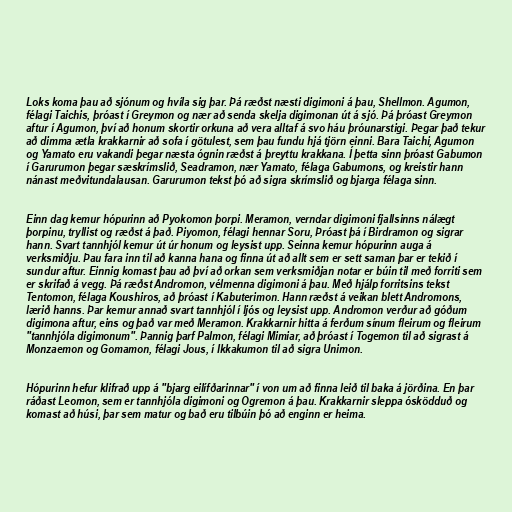
Loks koma þau að sjónum og hvíla sig þar. Þá ræðst næsti digimoni á þau, Shellmon. Agumon,
félagi Taichis, þróast í Greymon og nær að senda skelja digimonan út á sjó. Þá þróast Greymon
aftur í Agumon, því að honum skortir orkuna að vera alltaf á svo háu þróunarstigi. Þegar það tekur
að dimma ætla krakkarnir að sofa í götulest, sem þau fundu hjá tjörn einni. Bara Taichi, Agumon
og Yamato eru vakandi þegar næsta ógnin ræðst á þreyttu krakkana. Í þetta sinn þróast Gabumon
í Garurumon þegar sæskrímslið, Seadramon, nær Yamato, félaga Gabumons, og kreistir hann
nánast meðvitundalausan. Garurumon tekst þó að sigra skrímslið og bjarga félaga sinn.

Einn dag kemur hópurinn að Pyokomon þorpi. Meramon, verndar digimoni fjallsinns nálægt
þorpinu, tryllist og ræðst á það. Piyomon, félagi hennar Soru, Þróast þá í Birdramon og sigrar
hann. Svart tannhjól kemur út úr honum og leysist upp. Seinna kemur hópurinn auga á
verksmiðju. Þau fara inn til að kanna hana og finna út að allt sem er sett saman þar er tekið í
sundur aftur. Einnig komast þau að því að orkan sem verksmiðjan notar er búin til með forriti sem
er skrifað á vegg. Þá ræðst Andromon, vélmenna digimoni á þau. Með hjálp forritsins tekst
Tentomon, félaga Koushiros, að þróast í Kabuterimon. Hann ræðst á veikan blett Andromons,
lærið hanns. Þar kemur annað svart tannhjól í ljós og leysist upp. Andromon verður að góðum
digimona aftur, eins og það var með Meramon. Krakkarnir hitta á ferðum sínum fleirum og fleirum
"tannhjóla digimonum". Þannig þarf Palmon, félagi Mimiar, að þróast í Togemon til að sigrast á
Monzaemon og Gomamon, félagi Jous, í Ikkakumon til að sigra Unimon.

Hópurinn hefur klifrað upp á "bjarg eilífðarinnar" í von um að finna leið til baka á jörðina. En þar
ráðast Leomon, sem er tannhjóla digimoni og Ogremon á þau. Krakkarnir sleppa ósködduð og
komast að húsi, þar sem matur og bað eru tilbúin þó að enginn er heima.